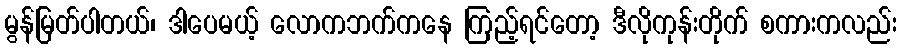
မွန်မြတ်ပါတယ်၊ ဒါပေမယ့် လောကဘက်ကနေ ကြည့်ရင်တော့ ဒီလိုကုန်းတိုက် စကားကလည်း